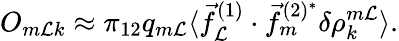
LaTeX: O_{m\mathcal{L}k}\approx\pi_{12}q_{m\mathcal{L}}\langle\vec{{f}}_{\mathcal{L}}^{(1)}\cdot\vec{{f}}_{m}^{(2)^{*}}\delta\rho_{k}^{m\mathcal{L}}\rangle.